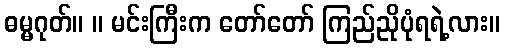
ဓမ္မဂုတ်။ ။ မင်းကြီးက တော်တော် ကြည်ညိုပုံရရဲ့လား။